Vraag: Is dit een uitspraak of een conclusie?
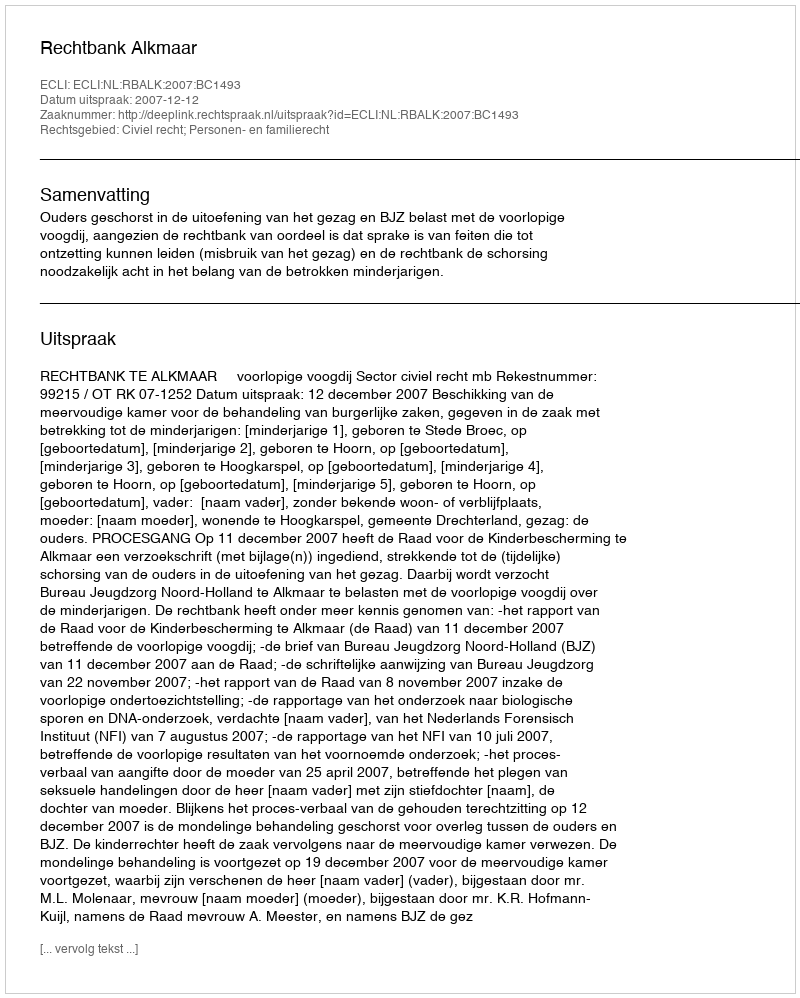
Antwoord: Uitspraak